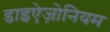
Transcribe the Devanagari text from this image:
डाइऐज़ोनियम